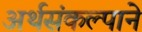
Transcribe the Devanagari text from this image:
अर्थसंकल्पाने